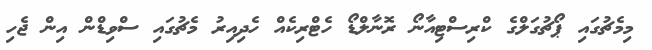
މިމެޗުގައި ޕޯޗުގަލްގެ ކްރިސްޓިއާނޯ ރޮނާލްޑޯ ހެޓްރިކެއް ހެދިއިރު މެޗުގައި ސްވިޑްން އިން ޖެހި